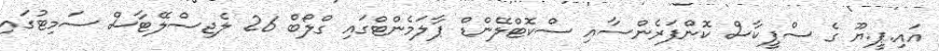
އައި.ޕީ.ޔޫ ގެ ސްޕީކާސް ކޮންފަރެންސާއި ސްކޮޓްލޭންޑް ޕާލަމެންޓްގައި ގްލޯބް 26 ލެޖިސްލޭޓާސް ސަމިޓުގައި